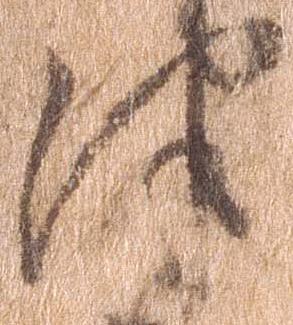
津